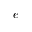
e ^ { - }